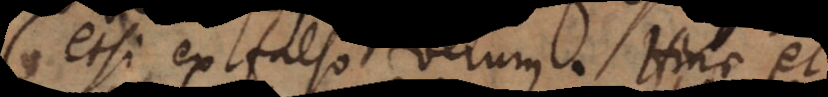
etsi ex falso verum. Hinc et